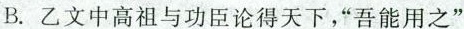
B.乙文中高祖与功臣论得天下，”吾能用之”